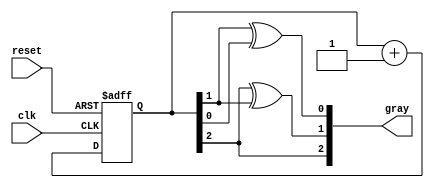
module gray_code_async_counter (
    input wire clk,          // Clock input
    input wire reset,        // Asynchronous reset input
    output reg [2:0] gray    // 3-bit Gray code output
);

// Internal binary representation
reg [2:0] binary;

// Combinational logic to convert binary to Gray code
function [2:0] binary_to_gray;
    input [2:0] bin;
    begin
        binary_to_gray = {bin[2], bin[2] ^ bin[1], bin[1] ^ bin[0]};
    end
endfunction

// Asynchronous reset and counting logic
always @(posedge clk or posedge reset) begin
    if (reset) begin
        binary <= 3'b000; // Reset binary to 0
    end else begin
        // Increment binary counter
        binary <= binary + 1;
    end
end

// Update Gray code output based on the binary counter
always @(*) begin
    gray = binary_to_gray(binary);
end

endmodule